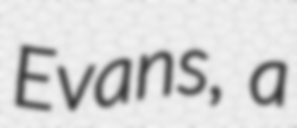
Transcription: Evans, a